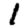
Digit: 1